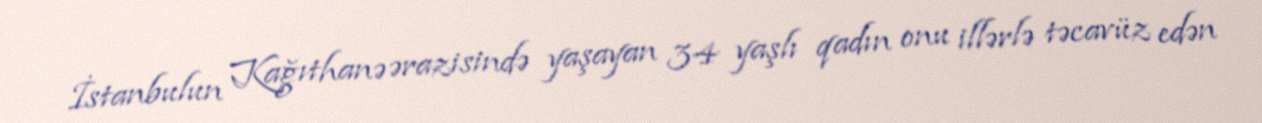
İstanbulun Kağıthanə ərazisində yaşayan 34 yaşlı qadın onu illərlə təcavüz edən